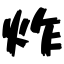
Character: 炸